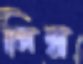
নিম্ন